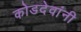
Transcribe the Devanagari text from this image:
कोडदेवांनी